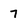
Character: 7